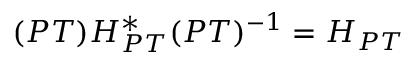
( P T ) H _ { P T } ^ { \ast } ( P T ) ^ { - 1 } = H _ { P T }